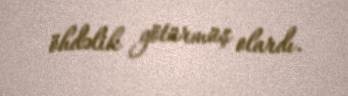
öhdəlik götürmüş olardı.